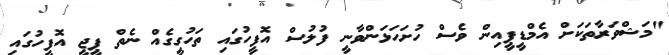
"މަޝްވަރާތަކަށް އެމްޑީޕީއިން ވެސް ހުށަހަޅަންވާނީ ފުލުސް އޮފީހުގައި ތަހުގީގެއް ނެތް ޕީޖީ އޮފީހުގައި